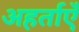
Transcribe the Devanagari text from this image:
अहर्ताएँ